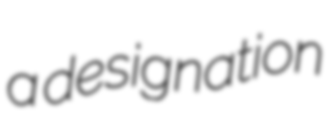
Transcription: a designation